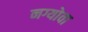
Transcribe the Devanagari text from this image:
नग्योवा